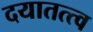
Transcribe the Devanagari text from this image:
दयातत्त्व